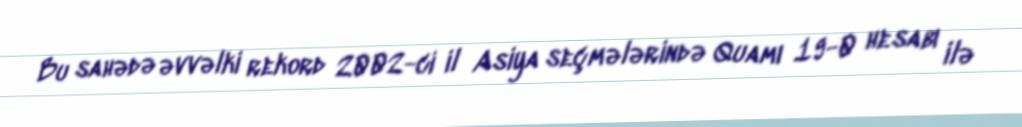
Bu sahədə əvvəlki rekord 2002-ci il Asiya seçmələrində Quamı 19-0 hesabı ilə